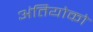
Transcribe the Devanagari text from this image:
अंतियोको